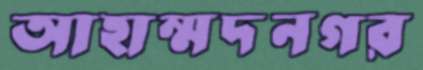
আহাম্মদনগর